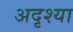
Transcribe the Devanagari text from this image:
अदृश्या